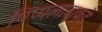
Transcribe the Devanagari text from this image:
पिप्पलादाकडे